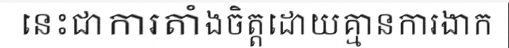
នេះជាការតាំងចិត្តដោយគ្មានការងាក